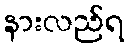
နားလည်ရ